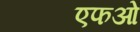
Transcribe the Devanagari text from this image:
एफओ